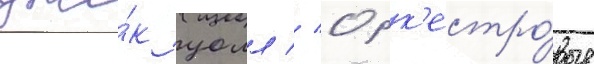
дже́к уолл // Орк'естро́вые